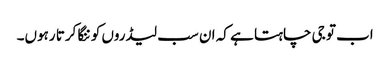
اب تو جی چاہتا ہے کہ ان سب لیڈروں کو ننگا کرتا رہوں۔